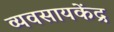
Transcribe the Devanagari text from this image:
व्यवसायकेंद्र